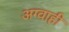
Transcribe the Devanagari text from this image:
अग्वाही